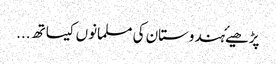
پڑھیۓہندوستان کی مسلمانوں کیساتھ ...